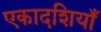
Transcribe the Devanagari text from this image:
एकादशियाँ